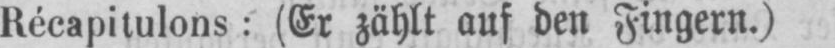
Récapitulons: (Er zählt auf den Fingern.)